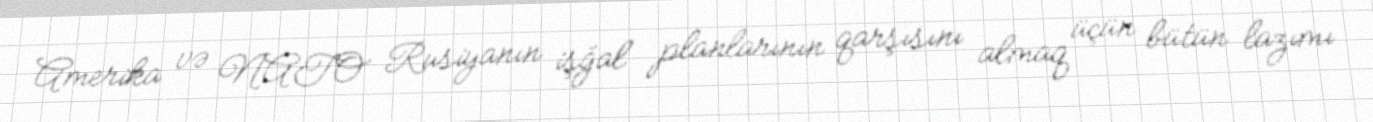
Amerika və NATO Rusiyanın işğal planlarının qarşısını almaq üçün bütün lazımı